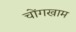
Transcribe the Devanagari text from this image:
चोंगखाम